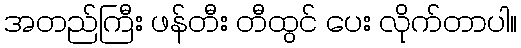
အတည်ကြီး ဖန်တီး တီထွင် ပေး လိုက်တာပါ။